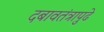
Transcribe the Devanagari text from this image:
दबावतंत्रापुढे